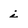
Character: i